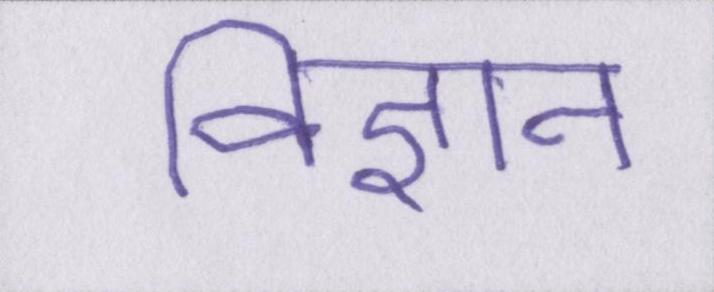
विज्ञान